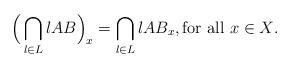
LaTeX: \begin{align*}\Big(\bigcap_{l \in L} l AB\Big)_x = \bigcap_{l \in L} l AB_x, \textrm{for all $x \in X$}.\end{align*}